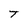
Character: T